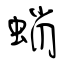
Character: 蛸